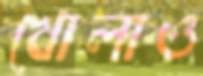
খোলাও